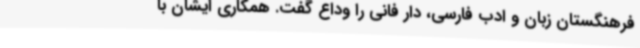
فرهنگستان زبان و ادب فارسی، دار فانی را وداع گفت. همکاری ایشان با